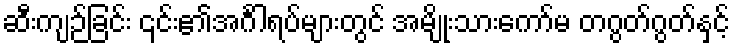
ဆီးကျဉ်ခြင်း ၎င်း၏အင်္ဂါရပ်များတွင် အမျိုးသားကော်မ တဂွတ်ဂွတ်နှင့်